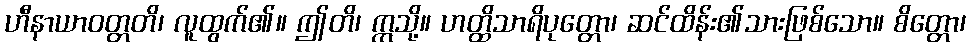
ဟီနာယာဝတ္တတိ၊ လူထွက်၏။ ဤတိ၊ ဣသို့။ ဟတ္ထိသာရိပုတ္တော၊ ဆင်ထိန်း၏သားဖြစ်သော။ စိတ္တော၊